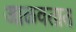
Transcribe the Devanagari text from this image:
आळवतात